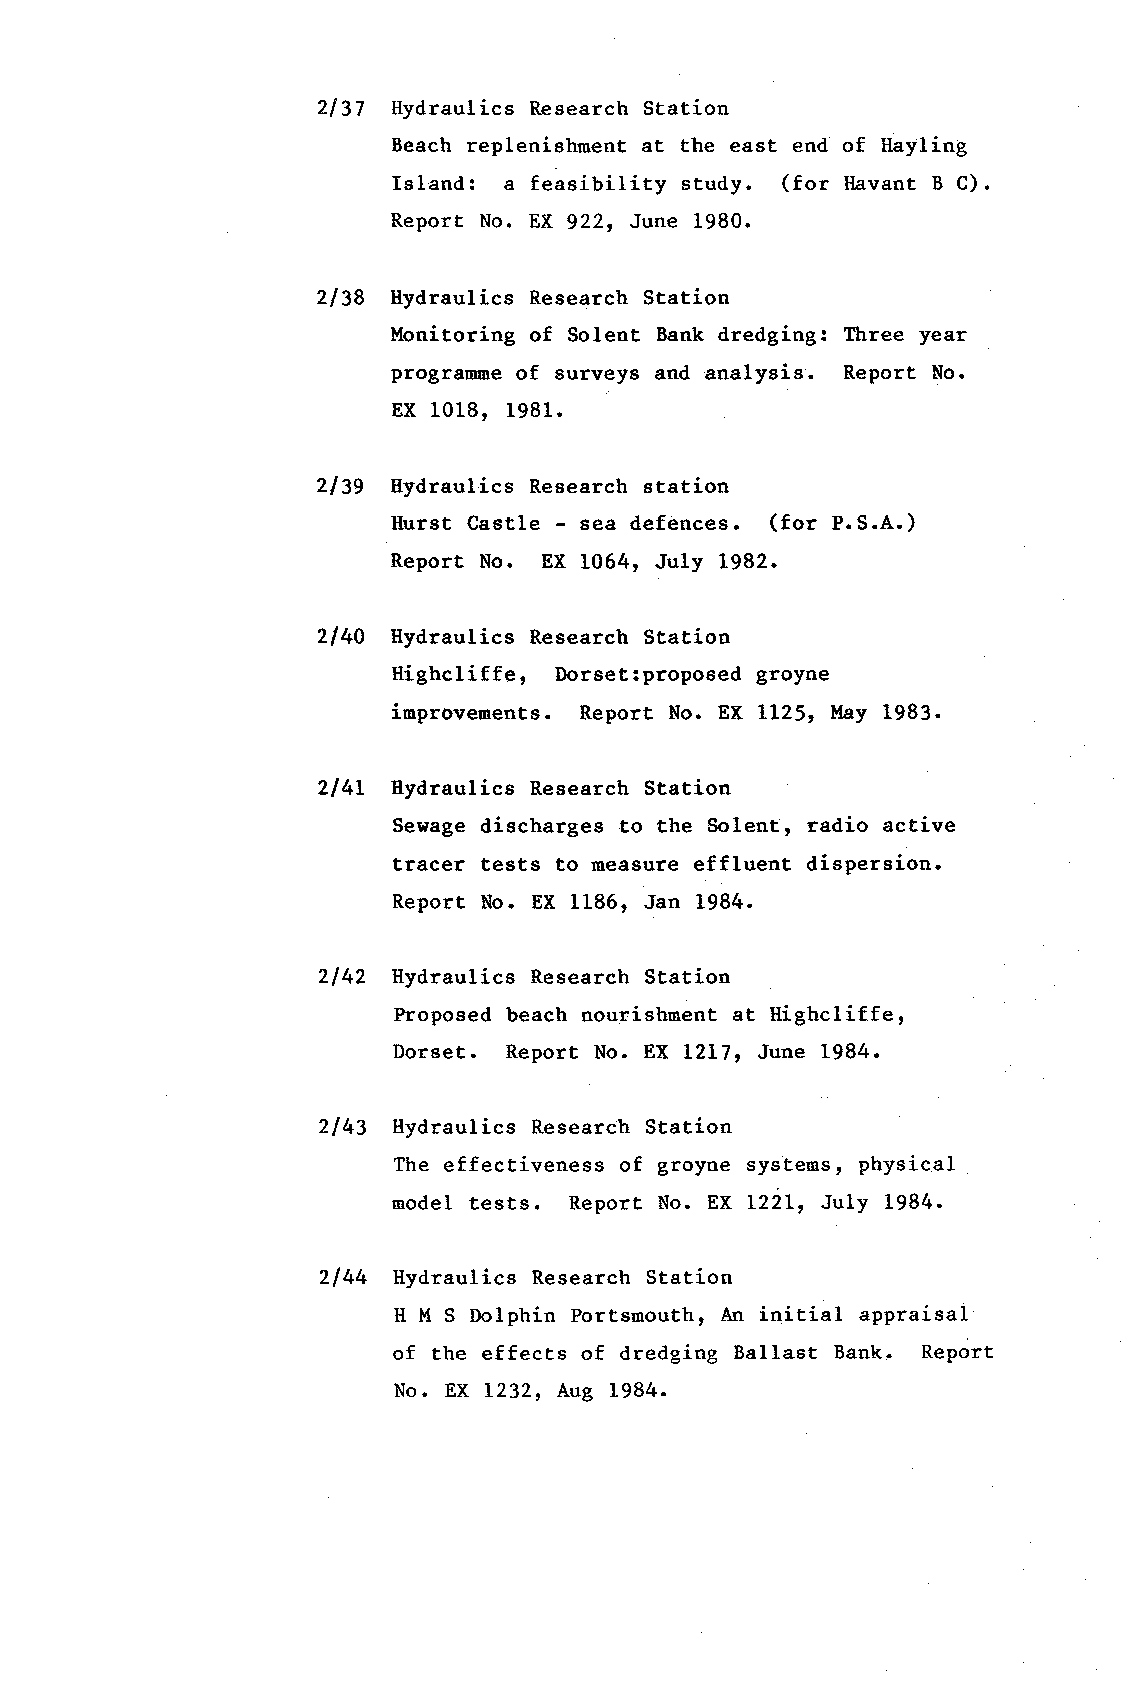
2137 ltydraulics Research Station
 Beach replenishment at the east end of Hayling
 Island: a feasibility study. (for llavant B C).
 Report No. EX 922, June 1980.
 2138 Hydraulics Research Station
 llonitoring of Solent Bank dredging: Three year
 prograurne of surveys and analysis. Report No.
 EX 1018, 1981.
 2t39 l{ydraulics Research station
 l{urst Castle - sea defences. (for P.S.A.)
 Reporr No. EX 1064, July 1982.
 2140 llydraulics Research Station
 Ilighcliffe, Dorset:proposed groyne
 improvements. Report No. EX 1L25, May 1983.
 214L Hydraulics Research Station
 Sewage discharges to the Solent, radio active
 tracer tests to measure effluent dispersion.
 Report No. EX 1186, Jan 1984.
 214Z ttydraulics Research Station
 Proposed beach nourishment at ltighcliffet
 Dorset. Report No. EX L217, June 1984.
 2143 llydraulics Research Station
 The effectiveness of groyne systems, physical
 oodel tests. Report No. Ex L22L, July 1984.
 2144 llydraulics Research Station
 H l'{ S Dolphin Portsmouth, h initial appraisal
 of the effects of dredging Ballast Bank. Report
 No. EX L232, Aug L984.